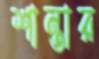
শান্তার